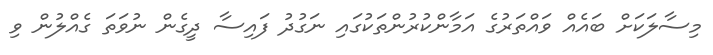
މިސާލަކަށް ބައެއް ވައްތަރުގެ އަމާންކުރުންތަކުގައި ނަގުދު ފައިސާ ދީގެން ނުވަތަ ގެއްލުން ވި